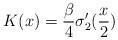
LaTeX: \begin{align*} K(x) = \frac{\beta}{4} \sigma'_2(\frac{x}{2}) \end{align*}